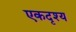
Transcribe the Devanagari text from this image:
एकदृश्य